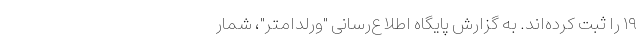
۱۹ را ثبت کرده‌اند. به گزارش پایگاه اطلاع‌رسانی "ورلداُمتر"، شمار